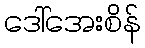
ဒေါ်အေးစိန်